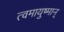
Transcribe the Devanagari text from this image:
त्वमायुष्मान्